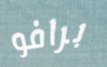
برافو